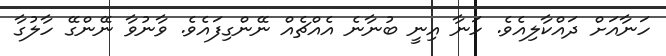
ހަނާއަށް ދައްކާލިއެވެ. ހަނާ އިނީ ބުނާނެ އެއްޗެއް ނޭންގިފައެވެ. ވާނުވާ ނޭންގޭ ހާލުގާ